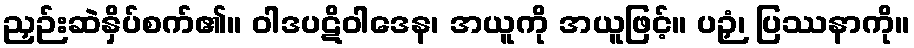
ညှဉ်းဆဲနှိပ်စက်၏။ ဝါဒပဋိဝါဒေန၊ အယူကို အယူဖြင့်။ ပဉှံ၊ ပြဿနာကို။